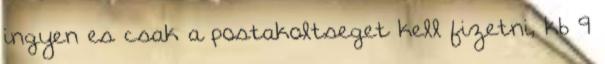
ingyen es csak a postakoltseget kell fizetni, kb 9